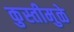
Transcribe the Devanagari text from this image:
कुस्तीमुळे